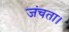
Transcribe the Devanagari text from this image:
जंचता।